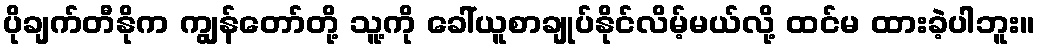
ပိုချက်တီနိုက ကျွန်တော်တို့ သူ့ကို ခေါ်ယူစာချုပ်နိုင်လိမ့်မယ်လို့ ထင်မ ထားခဲ့ပါဘူး။